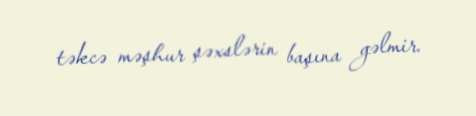
təkcə məşhur şəxslərin başına gəlmir.